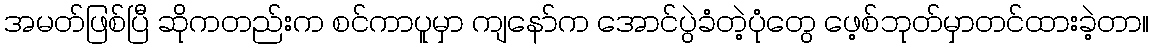
အမတ်ဖြစ်ပြီ ဆိုကတည်းက စင်ကာပူမှာ ကျနော်က အောင်ပွဲခံတဲ့ပုံတွေ ဖေ့စ်ဘုတ်မှာတင်ထားခဲ့တာ။